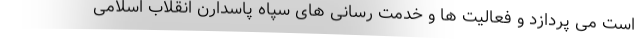
است می پردازد و فعالیت ها و خدمت رسانی های سپاه پاسدارن انقلاب اسلامی